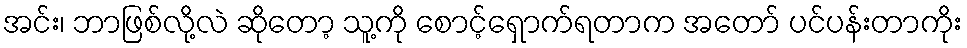
အင်း၊ ဘာဖြစ်လို့လဲ ဆိုတော့ သူ့ကို စောင့်ရှောက်ရတာက အတော် ပင်ပန်းတာကိုး